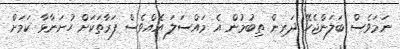
ނަމަވެސް ބަލަންޖެހޭ ދަރިން ތިބުމުން އެ މައްސަލަ އެއްވެސް ފަރާތަކަށް ހުށަނާޅާ ކަމަށް